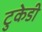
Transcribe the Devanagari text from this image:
टुकेडी